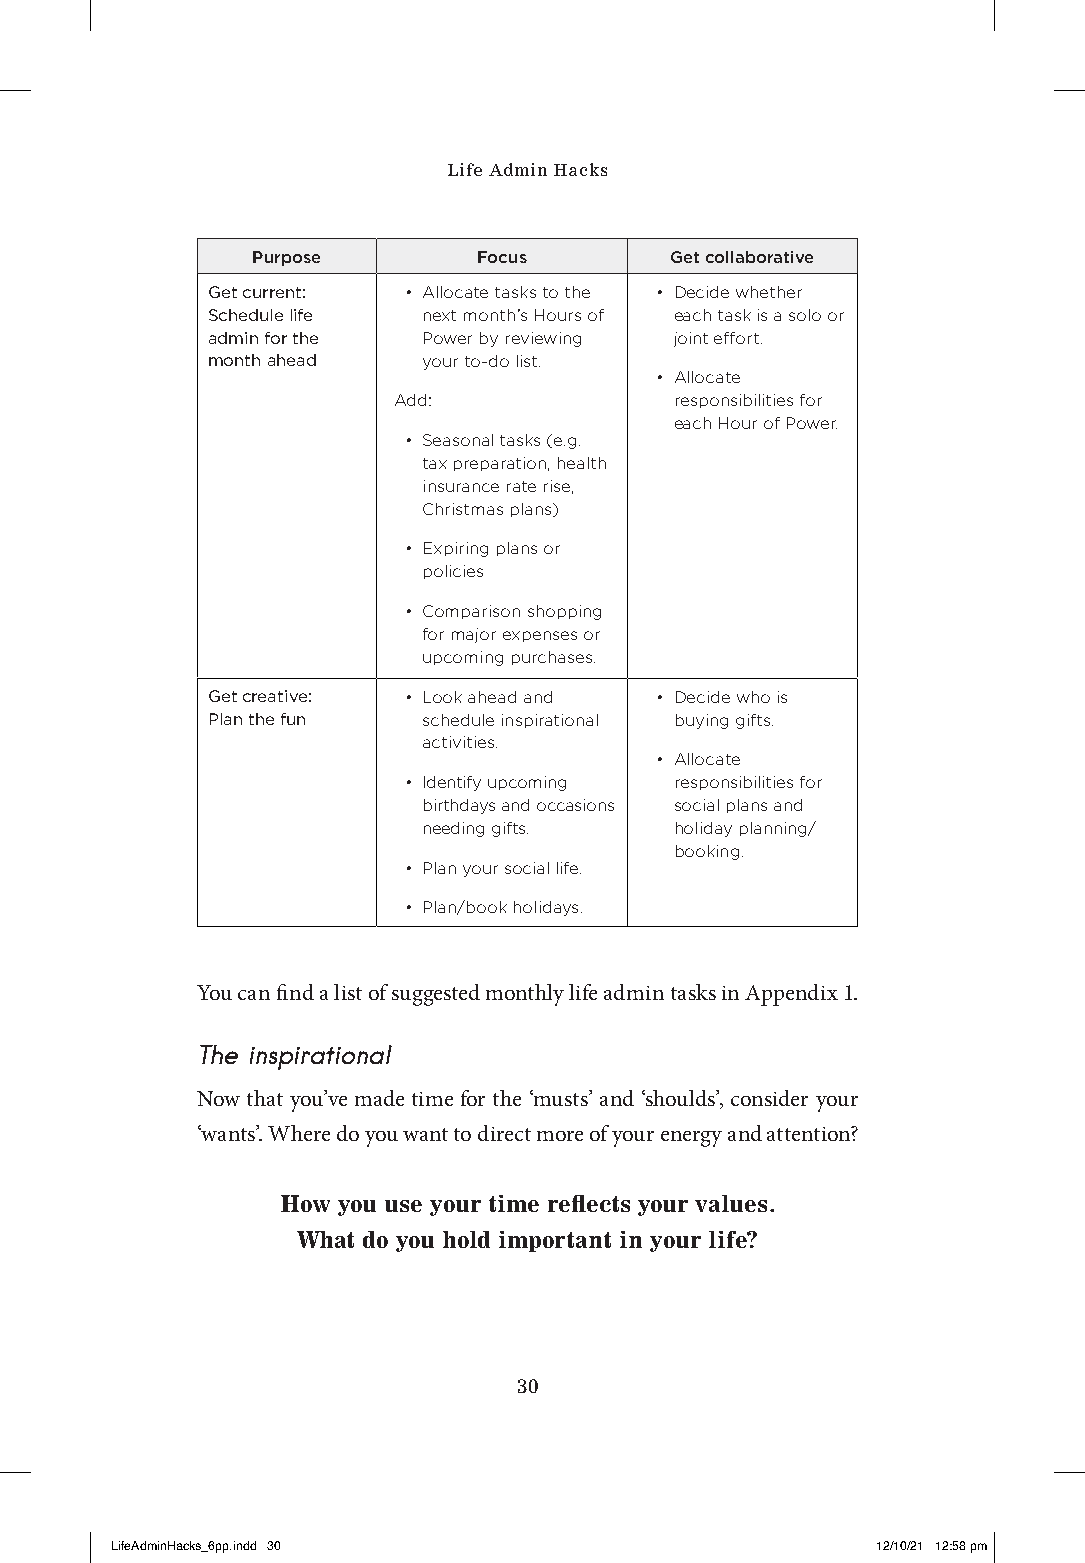
Life Admin Hacks
 Purpose        Focus       Get collaborative
 Get current: • Allocate tasks to the • Decide whether
 Schedule life next month’s Hours of each task is a solo or
 admin for the Power by reviewing joint effort.
 month ahead   your to-do list.
 • Allocate
 Add:               responsibilities for
 each Hour of Power.
 • Seasonal tasks (e.g.
 tax preparation, health
 insurance rate rise,
 Christmas plans)
 • Expiring plans or
 policies
 • Comparison shopping
 for major expenses or
 upcoming purchases.
 Get creative: • Look ahead and • Decide who is
 Plan the fun  schedule inspirational buying gifts.
 activities.
 • Allocate
 • Identify upcoming responsibilities for
 birthdays and occasions social plans and
 needing gifts.   holiday planning/
 booking.
 • Plan your social life.
 • Plan/book holidays.
 You can find a list of suggested monthly life admin tasks in Appendix 1.
 The inspirational
 Now that you’ve made time for the ‘musts’ and ‘shoulds’, consider your
 ‘wants’. Where do you want to direct more of your energy and attention?
 How you use your time reflects your values.
 What do you hold important in your life?
 30
 LLiiffeeAAddmmiinnHHaacckkss__66pppp..iinndddd 3300 1122//1100//2211 1122::5588 ppmm